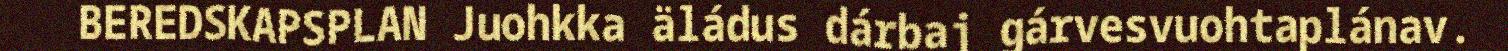
BEREDSKAPSPLAN Juohkka äládus dárbaj gárvesvuohtaplánav.